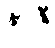
နာဇီ